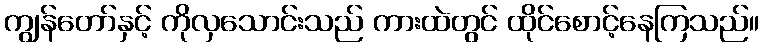
ကျွန်တော်နှင့် ကိုလှသောင်းသည် ကားထဲတွင် ထိုင်စောင့်နေကြသည်။